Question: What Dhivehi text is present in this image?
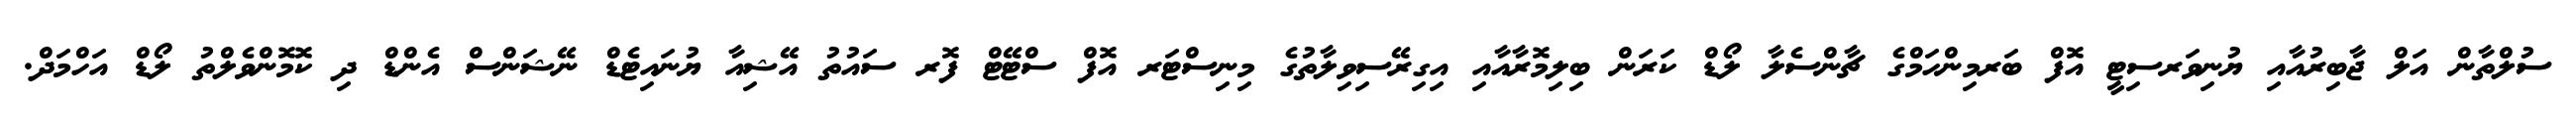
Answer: ސުލްތާން އަލް ޖާބިރުއާއި ޔުނިވަރސިޓީ އޮފް ބަރމިންހަމްގެ ޗާންސެލާ ލޯޑް ކަރަން ބިލިމޮރާއާއި އިގިރޭސިވިލާތުގެ މިނިސްޓަރ އޮފް ސްޓޭޓް ފޮރ ސައުތު އޭޝިއާ ޔުނައިޓެޑް ނޭޝަންސް އެންޑް ދި ކޮމޮންވެލްތު ލޯޑް އަހްމަދް.